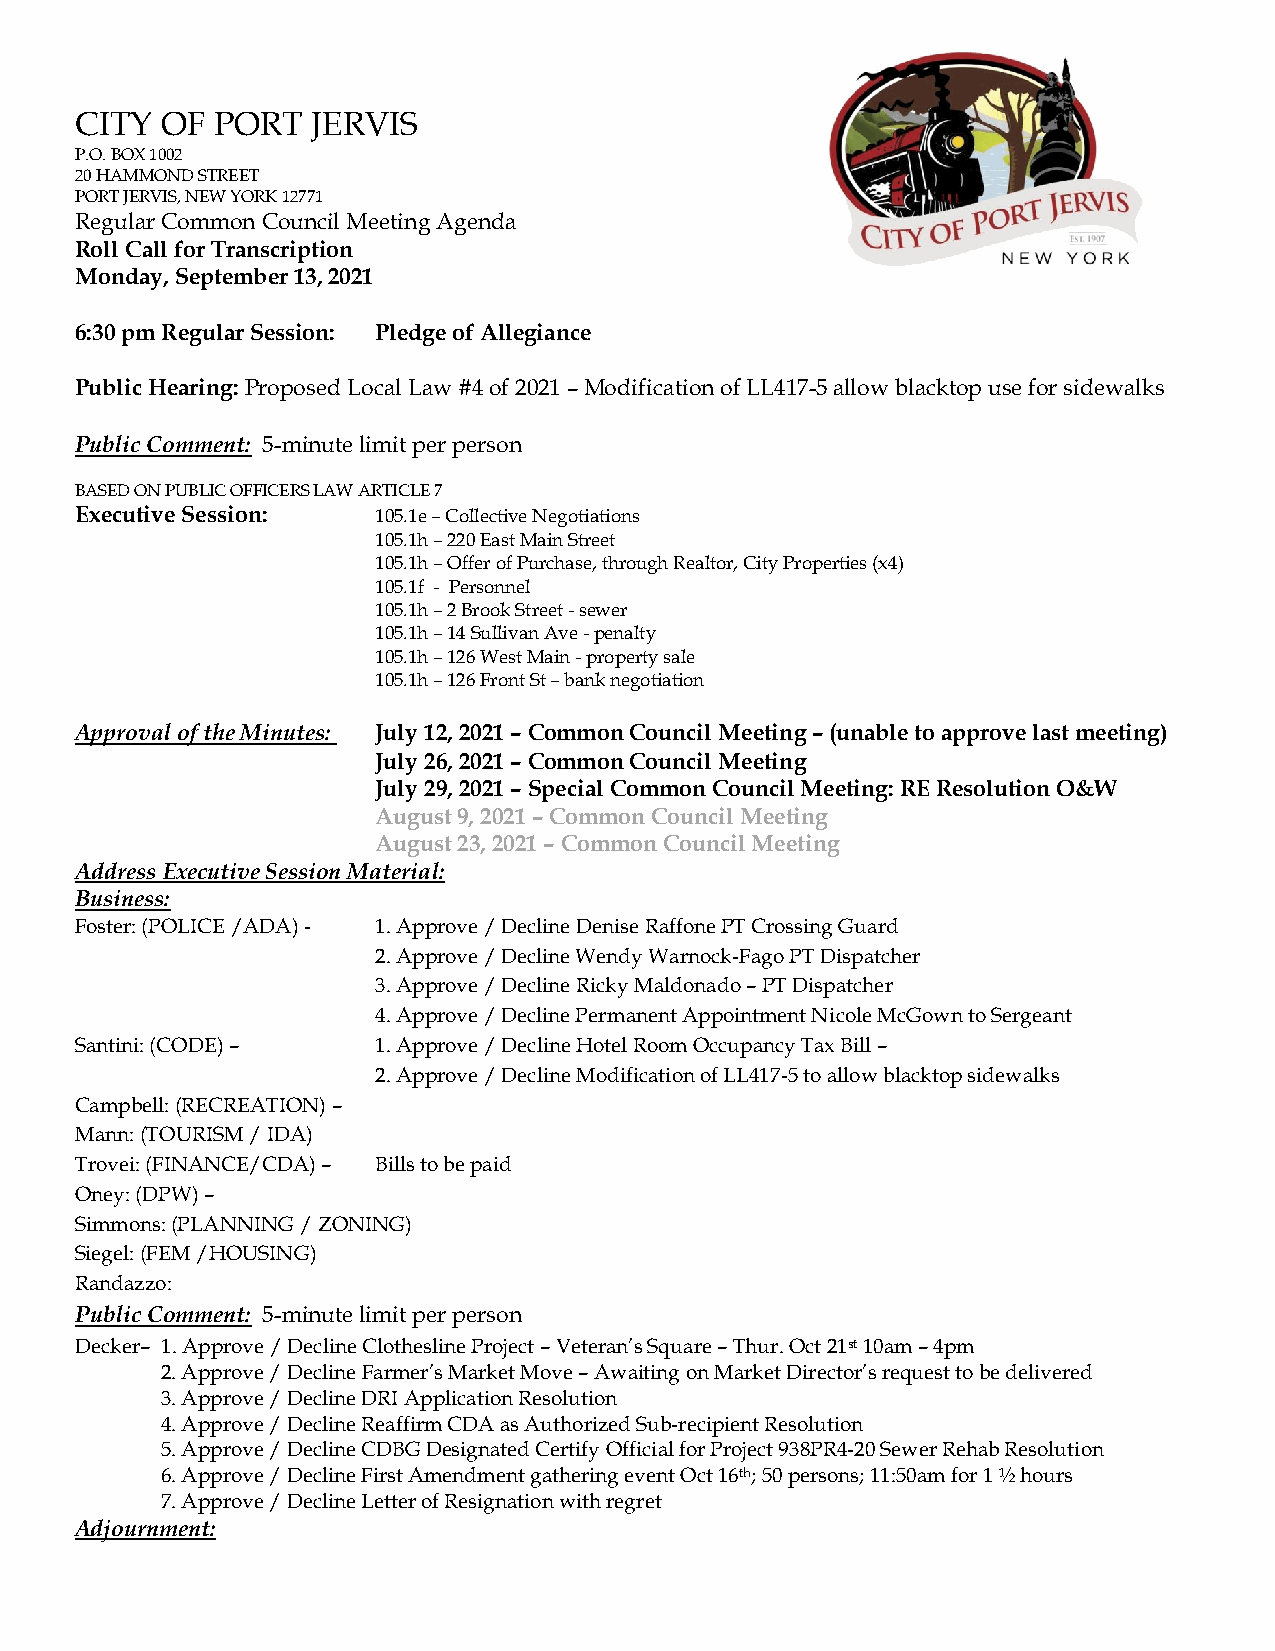
CITY  OF PORT   JERVIS
 P.O. BOX 1002
 20 HAMMOND STREET
 PORT JERVIS, NEW YORK 12771
 Regular Common Council Meeting Agenda
 Roll Call for Transcription
 Monday, September 13, 2021
 6:30 pm Regular Session: Pledge of Allegiance
 Public Hearing: Proposed Local Law #4 of 2021 – Modification of LL417-5 allow blacktop use for sidewalks
 Public Comment: 5-minute limit per person
 BASED ON PUBLIC OFFICERS LAW ARTICLE 7
 Executive Session:  105.1e – Collective Negotiations
 105.1h – 220 East Main Street
 105.1h – Offer of Purchase, through Realtor, City Properties (x4)
 105.1f - Personnel
 105.1h – 2 Brook Street - sewer
 105.1h – 14 Sullivan Ave - penalty
 105.1h – 126 West Main - property sale
 105.1h – 126 Front St – bank negotiation
 Approval of the Minutes: July 12, 2021 – Common Council Meeting – (unable to approve last meeting)
 July 26, 2021 – Common Council Meeting
 July 29, 2021 – Special Common Council Meeting: RE Resolution O&W
 August 9, 2021 – Common Council Meeting
 August 23, 2021 – Common Council Meeting
 Address Executive Session Material:
 Business:
 Foster: (POLICE /ADA) - 1. Approve / Decline Denise Raffone PT Crossing Guard
 2. Approve / Decline Wendy Warnock-Fago PT Dispatcher
 3. Approve / Decline Ricky Maldonado – PT Dispatcher
 4. Approve / Decline Permanent Appointment Nicole McGown to Sergeant
 Santini: (CODE) –   1. Approve / Decline Hotel Room Occupancy Tax Bill –
 2. Approve / Decline Modification of LL417-5 to allow blacktop sidewalks
 Campbell: (RECREATION) –
 Mann: (TOURISM / IDA)
 Trovei: (FINANCE/CDA) – Bills to be paid
 Oney: (DPW) –
 Simmons: (PLANNING / ZONING)
 Siegel: (FEM /HOUSING)
 Randazzo:
 Public Comment: 5-minute limit per person
 Decker– 1. Approve / Decline Clothesline Project – Veteran’s Square – Thur. Oct 21st 10am – 4pm
 2. Approve / Decline Farmer’s Market Move – Awaiting on Market Director’s request to be delivered
 3. Approve / Decline DRI Application Resolution
 4. Approve / Decline Reaffirm CDA as Authorized Sub-recipient Resolution
 5. Approve / Decline CDBG Designated Certify Official for Project 938PR4-20 Sewer Rehab Resolution
 6. Approve / Decline First Amendment gathering event Oct 16th; 50 persons; 11:50am for 1 ½ hours
 7. Approve / Decline Letter of Resignation with regret
 Adjournment: